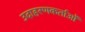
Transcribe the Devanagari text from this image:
उदाहरणकर्ताओं